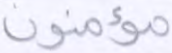
مؤمنون